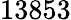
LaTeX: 13853